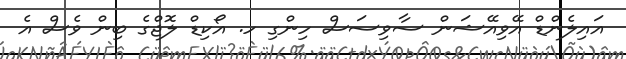
އައިލެންޑް އޭވިއޭޝަން ސާވިސަސް ހިންގި ހ. އޯކިޑް ލޮޖްގެ ބިން ވެސް އެ